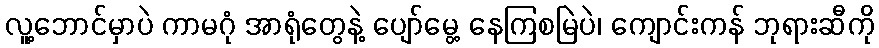
လူ့ဘောင်မှာပဲ ကာမဂုံ အာရုံတွေနဲ့ ပျော်မွေ့ နေကြစမြဲပဲ၊ ကျောင်းကန် ဘုရားဆီကို